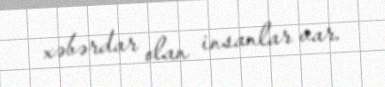
xəbərdar olan insanlar var.